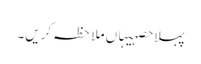
پہلا حصہیہاں ملاحظہ کریں۔